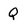
Character: Q